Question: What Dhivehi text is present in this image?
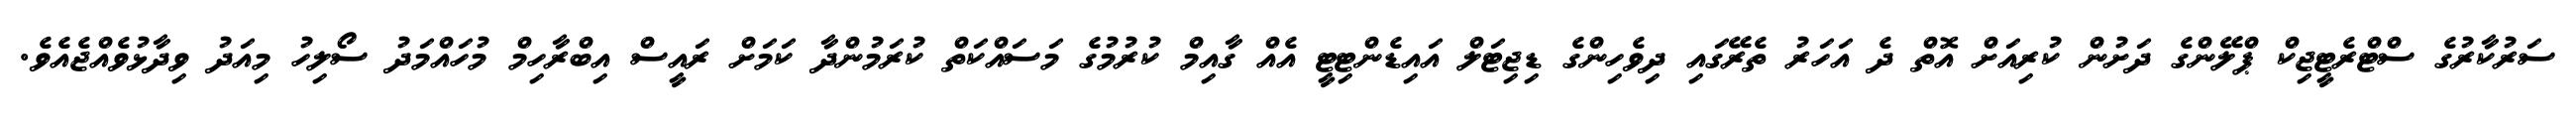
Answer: ސަރުކާރުގެ ސްޓްރެޓީޖިކް ޕްލޭންގެ ދަށުން ކުރިއަށް އޮތް ދެ އަހަރު ތެރޭގައި ދިވެހިންގެ ޑިޖިޓަލް އައިޑެންޓިޓީ އެއް ގާއިމް ކުރުމުގެ މަސައްކަތް ކުރަމުންދާ ކަމަށް ރައީސް އިބްރާހިމް މުހައްމަދު ސޯލިހު މިއަދު ވިދާޅުވެއްޖެއެވެ.